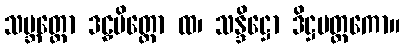
သမ္ဘတ္တော ဒဠှမိတ္တော ထ၊ သန္ဒိဋ္ဌော ဒိဋ္ဌမတ္တကော။